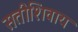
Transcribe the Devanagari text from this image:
सतीशिवाय